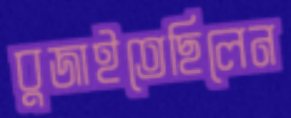
বুজাইতেছিলেন